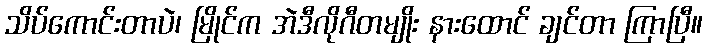
သိပ်ကောင်းတာပဲ၊ မြိုင်က အဲဒီလိုဂီတမျိုး နားထောင် ချင်တာ ကြာပြီ။